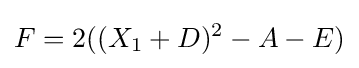
F=2((X_{1}+D)^{2}-A-E)